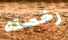
رخصته